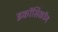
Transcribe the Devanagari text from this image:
इकॉसिकॉन